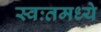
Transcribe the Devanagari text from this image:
स्वःतमध्ये